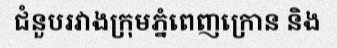
ជំនួបរវាងក្រុមភ្នំពេញក្រោន និង